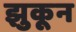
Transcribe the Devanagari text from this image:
झुकून